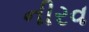
નીરવ